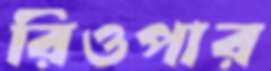
রিওপার